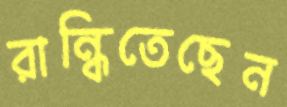
রান্ধিতেছেন